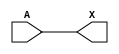
module sky130_fd_sc_hd__clkdlybuf4s50 (
    X,
    A
);
    output X;
    input  A;
    wire buf0_out_X;
    buf buf0 (buf0_out_X, A              );
    buf buf1 (X         , buf0_out_X     );
endmodule